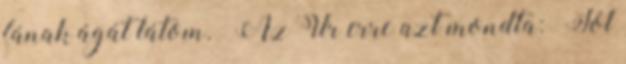
fának ágát látom.” Az Úr erre azt mondta: „Jól